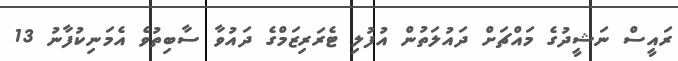
ރައީސް ނަޝީދުގެ މައްޗަށް ދައުލަތުން އުފުލި ޓެރަރިޒަމްގެ ދައުވާ ސާބިތުވެ އެމަނިކުފާނު 13